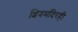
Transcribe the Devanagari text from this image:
शिवमंदिरही